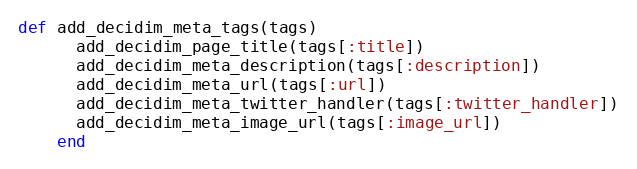
Language: Ruby
def add_decidim_meta_tags(tags)
      add_decidim_page_title(tags[:title])
      add_decidim_meta_description(tags[:description])
      add_decidim_meta_url(tags[:url])
      add_decidim_meta_twitter_handler(tags[:twitter_handler])
      add_decidim_meta_image_url(tags[:image_url])
    end